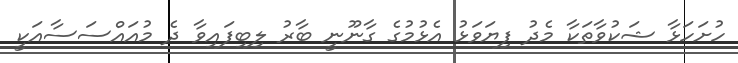
ހުށަހަޅާ ޝަކުވާތަކާ މެދު ފިޔަވަޅު އެޅުމުގެ ގާނޫނީ ބާރު ލިބިފައިވާ ދެ މުއައްސަސާއަކީ